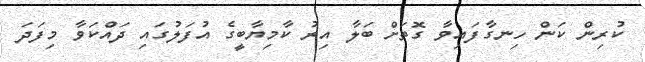
ކުރިން ކަން ހިނގާފައިވާ ގޮތަށް ބަލާ އިރު ކާމިޔާބީގެ އުފަލުގައި ދައްކަވާ މިފަދަ